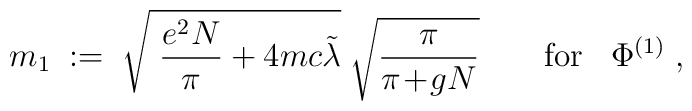
m_1 \; := \; \sqrt{  \; \frac{e^2 N}{\pi} + 4 mc \tilde{\lambda}  } \; \sqrt{ \frac{\pi}{\pi\!+\!gN}} \; \; \; \; \; \; \; \mbox{for} \; \; \; \Phi^{(1)} \; ,